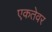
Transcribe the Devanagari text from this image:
एकतेवर